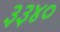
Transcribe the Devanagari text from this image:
३३४०